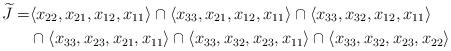
LaTeX: \begin{align*} {\widetilde J}= & \langle x_{22}, x_{21}, x_{12}, x_{11}\rangle \cap\langle x_{33}, x_{21}, x_{12}, x_{11}\rangle \cap \langle x_{33}, x_{32}, x_{12}, x_{11}\rangle \\ \ & \cap \langle x_{33}, x_{23}, x_{21}, x_{11}\rangle \cap \langle x_{33}, x_{32}, x_{23}, x_{11}\rangle \cap \langle x_{33}, x_{32}, x_{23}, x_{22}\rangle\end{align*}